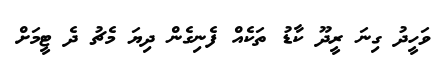
ވަހީދު ގިނަ ރީދޫ ކާޑު ތަކެއް ފެނިގެން ދިޔަ މެޗު ދެ ޓީމަށް